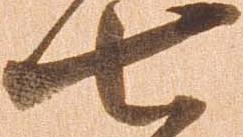
七